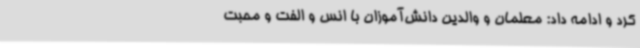
کرد و ادامه داد: معلمان و والدین دانش‌آموزان با انس و الفت و محبت